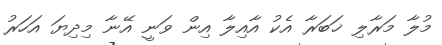
މުލާ މަރާލި ޚަބަރާ އެކު އާއިލާ އިން ވަނީ އޭނާ މިދިޔަ އަހަރު